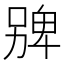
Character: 㗗